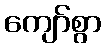
ကျော်စွာ